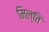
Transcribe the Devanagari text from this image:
मिल्ति